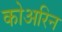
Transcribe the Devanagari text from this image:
कोअरिन